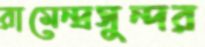
রামেন্দ্রসুন্দর